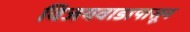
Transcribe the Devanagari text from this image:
विजयवाडापासून